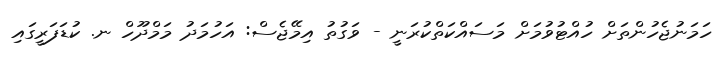
ހަމަނުޖެހުންތަށް ހުއްޓުވުމަށް މަސައްކަތްކުރަނީ - ވަގުތު އިމޭޖެސް: އަހުމަދު މަމްދޫހް ނ. ކުޑަފަރީގައި